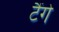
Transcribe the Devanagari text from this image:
टैंगे